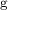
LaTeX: ^ { \mathrm { g } }